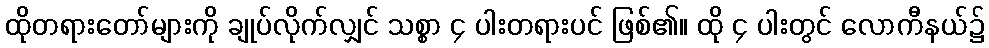
ထိုတရားတော်များကို ချုပ်လိုက်လျှင် သစ္စာ ၄ ပါးတရားပင် ဖြစ်၏။ ထို ၄ ပါးတွင် လောကီနယ်၌